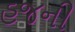
હજની